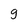
Character: g